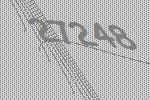
27248